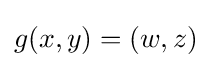
g(x,y)=(w,z)